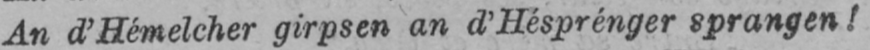
An d’Hémelcher girpsen an d’Hésprénger sprangen!